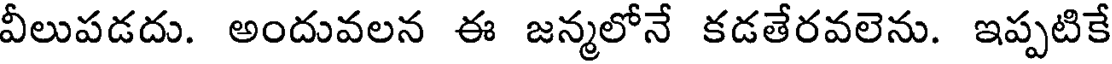
వీలుపడదు. అందువలన ఈ జన్మలోనే కడతేరవలెను. ఇప్పటికే